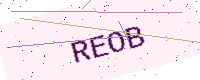
Text: REOB